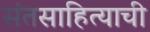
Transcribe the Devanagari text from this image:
संतसाहित्याची